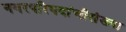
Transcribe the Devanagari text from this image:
नगरपरिषदांचीसंख्या